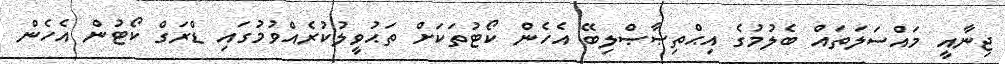
ޖިނާއީ މައްސަލަތައް ބެލުމުގެ އިޙްތިޞާޞްލިބޭ އެހެން ކޯޓުތަކަށް ތަޙުވީލުކުރެއްވުމުގައި ޑްރަގް ކޯޓުން އެހެން